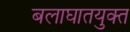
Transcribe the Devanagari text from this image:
बलाघातयुक्त